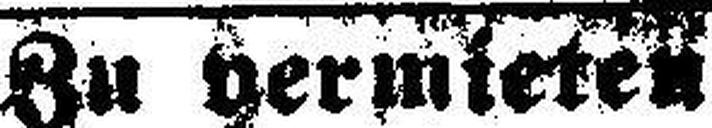
Zu vermieten